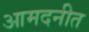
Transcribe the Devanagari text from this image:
आमदनीत